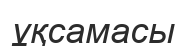
ұқсамасы